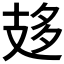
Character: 𢻈